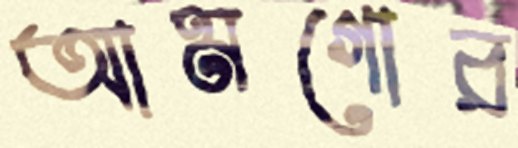
আমগোর